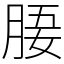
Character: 𣍲